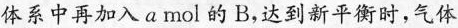
体系中再加入a mol的B，达到新平衡时，气体